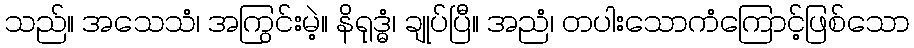
သည်။ အသေသံ၊ အကြွင်းမဲ့။ နိရုဒ္ဓံ၊ ချုပ်ပြီ။ အညံ၊ တပါးသောကံကြောင့်ဖြစ်သော